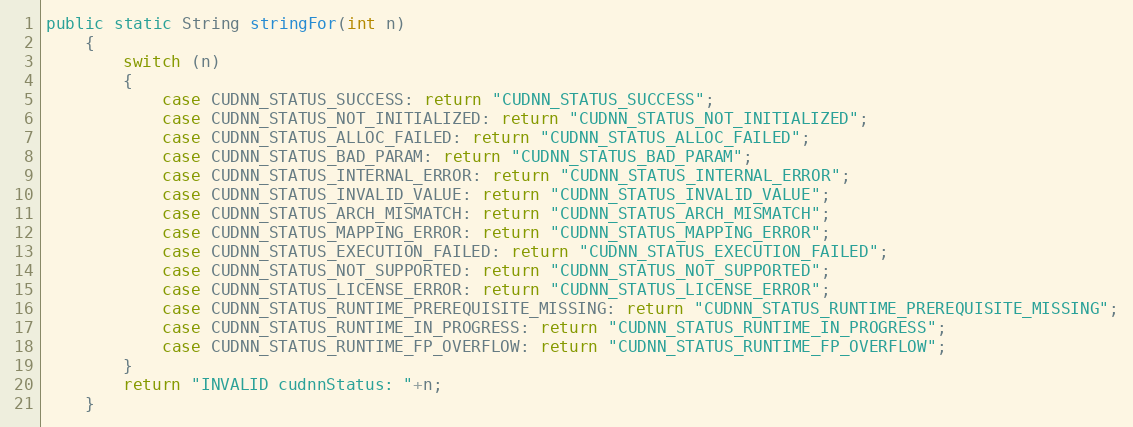
Language: Java
public static String stringFor(int n)
    {
        switch (n)
        {
            case CUDNN_STATUS_SUCCESS: return "CUDNN_STATUS_SUCCESS";
            case CUDNN_STATUS_NOT_INITIALIZED: return "CUDNN_STATUS_NOT_INITIALIZED";
            case CUDNN_STATUS_ALLOC_FAILED: return "CUDNN_STATUS_ALLOC_FAILED";
            case CUDNN_STATUS_BAD_PARAM: return "CUDNN_STATUS_BAD_PARAM";
            case CUDNN_STATUS_INTERNAL_ERROR: return "CUDNN_STATUS_INTERNAL_ERROR";
            case CUDNN_STATUS_INVALID_VALUE: return "CUDNN_STATUS_INVALID_VALUE";
            case CUDNN_STATUS_ARCH_MISMATCH: return "CUDNN_STATUS_ARCH_MISMATCH";
            case CUDNN_STATUS_MAPPING_ERROR: return "CUDNN_STATUS_MAPPING_ERROR";
            case CUDNN_STATUS_EXECUTION_FAILED: return "CUDNN_STATUS_EXECUTION_FAILED";
            case CUDNN_STATUS_NOT_SUPPORTED: return "CUDNN_STATUS_NOT_SUPPORTED";
            case CUDNN_STATUS_LICENSE_ERROR: return "CUDNN_STATUS_LICENSE_ERROR";
            case CUDNN_STATUS_RUNTIME_PREREQUISITE_MISSING: return "CUDNN_STATUS_RUNTIME_PREREQUISITE_MISSING";
            case CUDNN_STATUS_RUNTIME_IN_PROGRESS: return "CUDNN_STATUS_RUNTIME_IN_PROGRESS";
            case CUDNN_STATUS_RUNTIME_FP_OVERFLOW: return "CUDNN_STATUS_RUNTIME_FP_OVERFLOW";
        }
        return "INVALID cudnnStatus: "+n;
    }